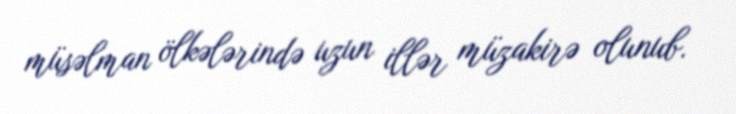
müsəlman ölkələrində uzun illər müzakirə olunub.